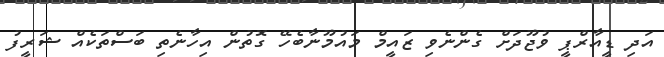
އަދި ޑީއާރްޕީ ވުޖޫދަށް ގެންނެވި ޒައީމް މައުމޫނާބެހޭ ގޮތުން އިހާނެތި ބަސްތަކެއް ޝަރީފު